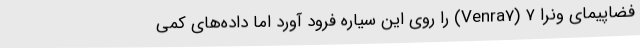
فضاپیمای ونرا ۷ (Venra7) را روی این سیاره فرود آورد اما داده‌های کمی